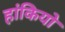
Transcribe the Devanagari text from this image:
हांकियो